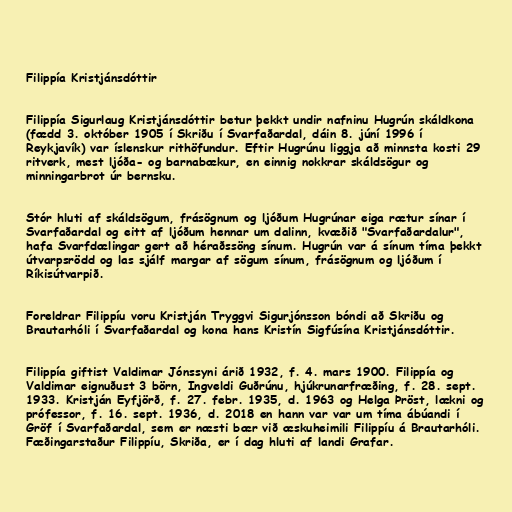
Filippía Kristjánsdóttir

Filippía Sigurlaug Kristjánsdóttir betur þekkt undir nafninu Hugrún skáldkona
(fædd 3. október 1905 í Skriðu í Svarfaðardal, dáin 8. júní 1996 í
Reykjavík) var íslenskur rithöfundur. Eftir Hugrúnu liggja að minnsta kosti 29
ritverk, mest ljóða- og barnabækur, en einnig nokkrar skáldsögur og
minningarbrot úr bernsku.

Stór hluti af skáldsögum, frásögnum og ljóðum Hugrúnar eiga rætur sínar í
Svarfaðardal og eitt af ljóðum hennar um dalinn, kvæðið "Svarfaðardalur",
hafa Svarfdælingar gert að héraðssöng sínum. Hugrún var á sínum tíma þekkt
útvarpsrödd og las sjálf margar af sögum sínum, frásögnum og ljóðum í
Ríkisútvarpið.

Foreldrar Filippíu voru Kristján Tryggvi Sigurjónsson bóndi að Skriðu og
Brautarhóli í Svarfaðardal og kona hans Kristín Sigfúsína Kristjánsdóttir.

Filippía giftist Valdimar Jónssyni árið 1932, f. 4. mars 1900. Filippía og
Valdimar eignuðust 3 börn, Ingveldi Guðrúnu, hjúkrunarfræðing, f. 28. sept.
1933. Kristján Eyfjörð, f. 27. febr. 1935, d. 1963 og Helga Þröst, lækni og
prófessor, f. 16. sept. 1936, d. 2018 en hann var var um tíma ábúandi í
Gröf í Svarfaðardal, sem er næsti bær við æskuheimili Filippíu á Brautarhóli.
Fæðingarstaður Filippíu, Skriða, er í dag hluti af landi Grafar.